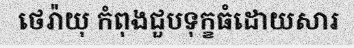
ថេរ៉ាយុ កំពុងជួបទុក្ខធំដោយសារ